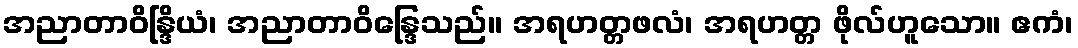
အညာတာဝိန္ဒြိယံ၊ အညာတာဝိန္ဒြေသည်။ အရဟတ္တဖလံ၊ အရဟတ္တ ဖိုလ်ဟူသော။ ဧကံ၊